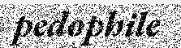
pedophile